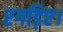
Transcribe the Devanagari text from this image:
रगड़िए।